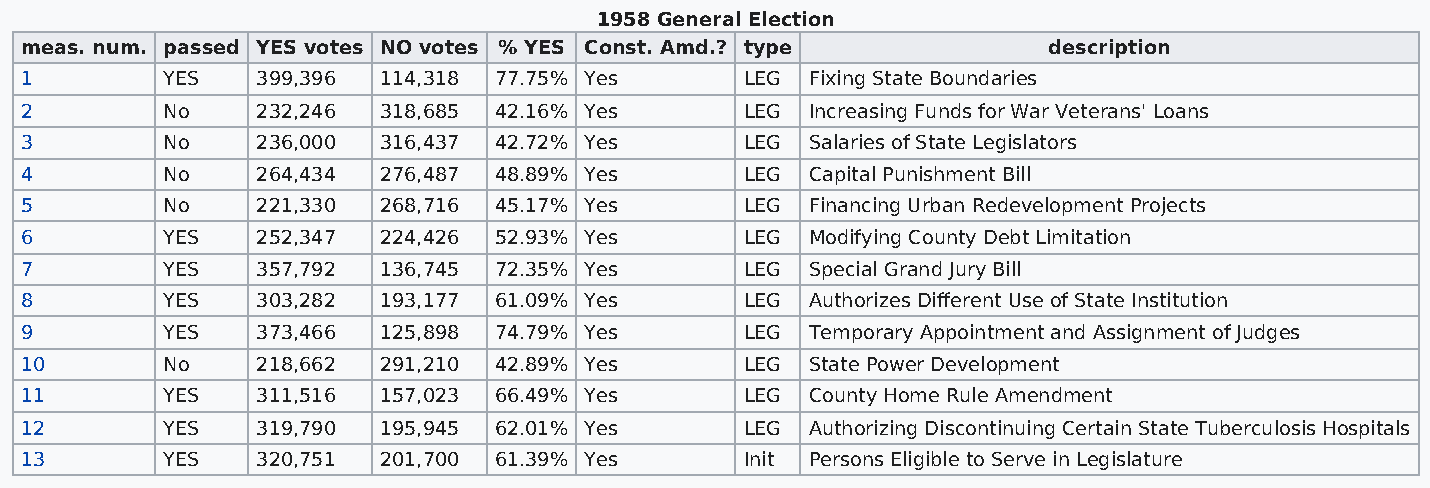
1958 General Election
 meas. num. passed YES votes NO votes % YES Const. Amd.? type        description
 1         YES   399,396 114,318 77.75% Yes      LEG  Fixing State Boundaries
 2         No    232,246 318,685 42.16% Yes      LEG  Increasing Funds for War Veterans' Loans
 3         No    236,000 316,437 42.72% Yes      LEG  Salaries of State Legislators
 4         No    264,434 276,487 48.89% Yes      LEG  Capital Punishment Bill
 5         No    221,330 268,716 45.17% Yes      LEG  Financing Urban Redevelopment Projects
 6         YES   252,347 224,426 52.93% Yes      LEG  Modifying County Debt Limitation
 7         YES   357,792 136,745 72.35% Yes      LEG  Special Grand Jury Bill
 8         YES   303,282 193,177 61.09% Yes      LEG  Authorizes Different Use of State Institution
 9         YES   373,466 125,898 74.79% Yes      LEG  Temporary Appointment and Assignment of Judges
 10        No    218,662 291,210 42.89% Yes      LEG  State Power Development
 11        YES   311,516 157,023 66.49% Yes      LEG  County Home Rule Amendment
 12        YES   319,790 195,945 62.01% Yes      LEG  Authorizing Discontinuing Certain State Tuberculosis Hospitals
 13        YES   320,751 201,700 61.39% Yes      Init Persons Eligible to Serve in Legislature